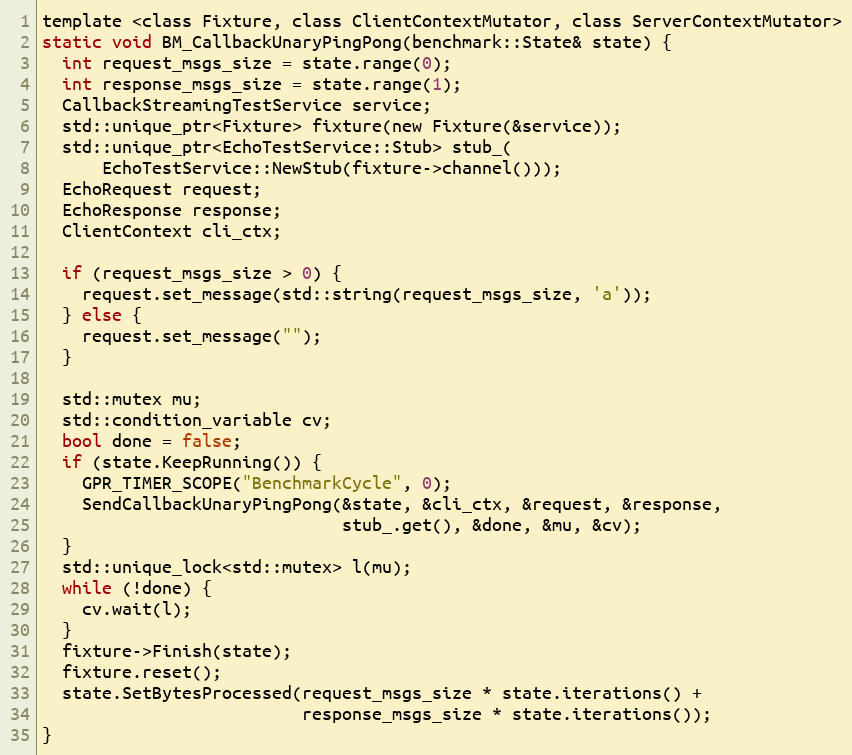
Language: C
template <class Fixture, class ClientContextMutator, class ServerContextMutator>
static void BM_CallbackUnaryPingPong(benchmark::State& state) {
  int request_msgs_size = state.range(0);
  int response_msgs_size = state.range(1);
  CallbackStreamingTestService service;
  std::unique_ptr<Fixture> fixture(new Fixture(&service));
  std::unique_ptr<EchoTestService::Stub> stub_(
      EchoTestService::NewStub(fixture->channel()));
  EchoRequest request;
  EchoResponse response;
  ClientContext cli_ctx;

  if (request_msgs_size > 0) {
    request.set_message(std::string(request_msgs_size, 'a'));
  } else {
    request.set_message("");
  }

  std::mutex mu;
  std::condition_variable cv;
  bool done = false;
  if (state.KeepRunning()) {
    GPR_TIMER_SCOPE("BenchmarkCycle", 0);
    SendCallbackUnaryPingPong(&state, &cli_ctx, &request, &response,
                              stub_.get(), &done, &mu, &cv);
  }
  std::unique_lock<std::mutex> l(mu);
  while (!done) {
    cv.wait(l);
  }
  fixture->Finish(state);
  fixture.reset();
  state.SetBytesProcessed(request_msgs_size * state.iterations() +
                          response_msgs_size * state.iterations());
}